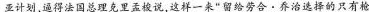
亚计划，逼得法国总理克里孟梭说，这样一来“留给劳合 · 乔治选择的只有枪